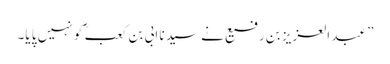
” عبد العزیز بن رفیع نے سید نا ابی بن کعب ؓ کو نہیں پا یا۔